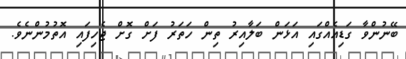
ބޭނުންވާ ގަޑިއެއްގައި އަޅަން ބަލާއިރު ތިން ހަތަރު ފަށް ގޮށް ޖެހިފައި އޮތުމުންނެވެ.